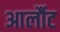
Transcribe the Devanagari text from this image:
आर्लौट